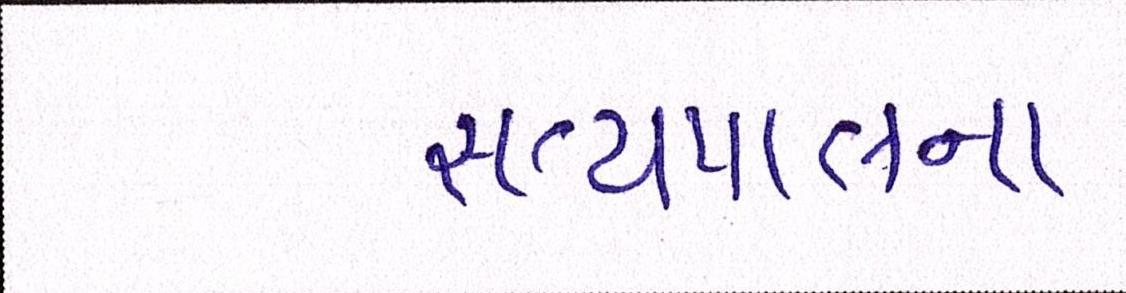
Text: સત્યપાલના